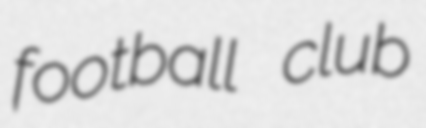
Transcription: football club